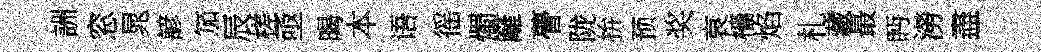
詶窓晁諺笳辰槎亟暍本语徭燭籬瞢陇拚预奖哀檣焰札藏最眄澇盡